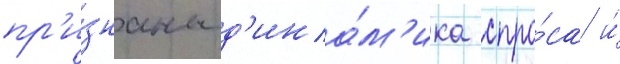
пр'и́знаны д'ина́м'ика спро́са и́